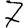
Digit: 7